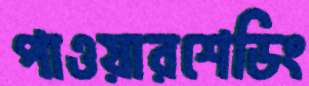
পাওয়ারশেডিং